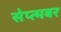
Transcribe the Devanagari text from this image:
सेप्त्मबर